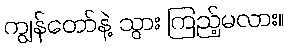
ကျွန်တော်နဲ့ သွား ကြည့်မလား။